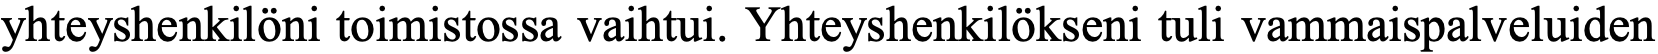
yhteyshenkilöni toimistossa vaihtui. Yhteyshenkilökseni tuli vammaispalveluiden